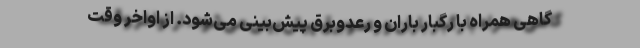
گاهی همراه با رگبار باران و رعدوبرق پیش‌بینی می‌شود. از اواخر وقت